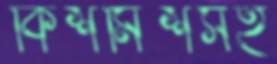
কিশমিশসহ